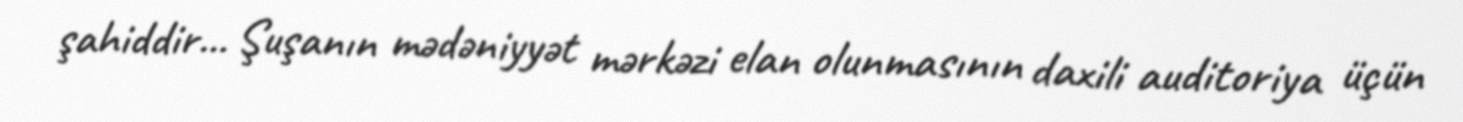
şahiddir... Şuşanın mədəniyyət mərkəzi elan olunmasının daxili auditoriya üçün